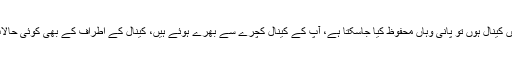
چیف جسٹس کا کہنا تھا کہ اسلام آباد میں کینال ہوں تو پانی وہاں محفوظ کیا جاسکتا ہے، آپ کے کینال کچرے سے بھرے ہوئے ہیں، کینال کے اطراف کے بھی کوئی حالات نہیں کوئی شخص وہاں جا نہیں سکتا۔